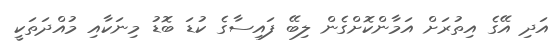
އަދި އޭގެ އިތުރަށް އަމާންކޮށްގެން ލިބޭ ފައިސާގެ ކުޑަ ބޮޑު މިނަކާއި މުއްދަތަކީ